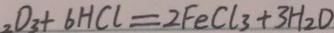
_ { 2 } O _ { 3 } + 6 H C l = 2 F e C l _ { 3 } + 3 H _ { 2 } O